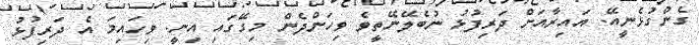
ގެންގުޅެނީއޭ. އައިރާއަށް ދަރިފުޅު ނުބެލޭނޭތީވެ ވިހަންދެން މިގޭގައި އިނީ. ވިހައިމަ އެ ދަރިފުޅު